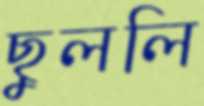
ছুললি